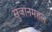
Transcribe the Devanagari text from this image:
सुजानमहल